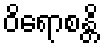
ဝိရောစန္တိ